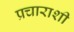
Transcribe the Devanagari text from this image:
प्रचाराशी